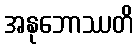
အနုဘောဿတိ